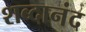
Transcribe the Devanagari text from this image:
शब्दानंद